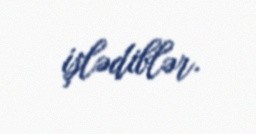
işlədiblər.